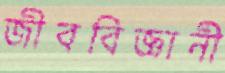
জীববিজ্ঞানী